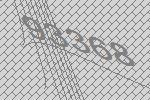
93368